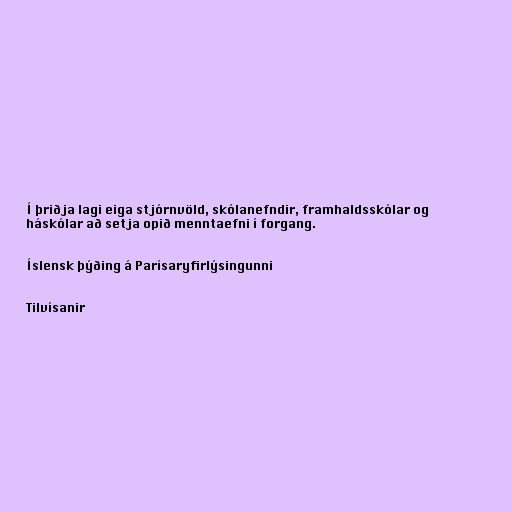
Í þriðja lagi eiga stjórnvöld, skólanefndir, framhaldsskólar og
háskólar að setja opið menntaefni í forgang.

Íslensk þýðing á Parísaryfirlýsingunni

Tilvísanir